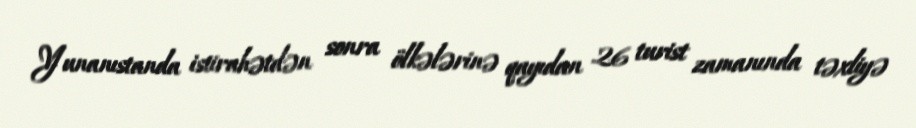
Yunanıstanda istirahətdən sonra ölkələrinə qayıdan 26 turist zamanında təxliyə